Problem: 60 + 63 = ?
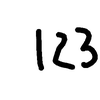
Handwritten answer: 123